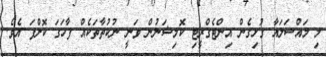
މި މައްސަލައާ ގުޅިގެން އިންޓެގްރީޓި ކޮމިޝަނުން ވަނީ ނުކުތާތަކެއް ފާހަގަ ކޮށްފަ އެވެ.